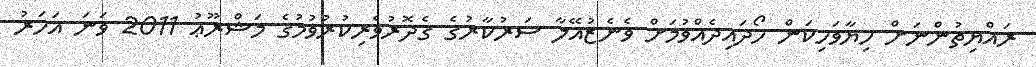
ރައްޔިތުންނަށް ހިޔާވަހިކަން ހޯދައިދެއްވުމަށް ވެނެޒުއޭލާ ސަރުކާރުގެ ގެދޮރުވެރިކުރުވުމުގެ މަޝްރޫޢު 2011 ވަނަ އަހަރު